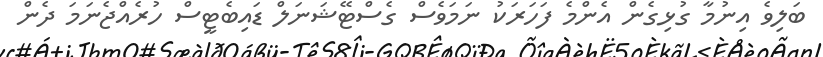
ބަލިވެ އިނުމާ ގުޅިގެން އެންމެ ފަހަރަކު ނަމަވެސް ގެސްޓޭޝަނަލް ޑައިބެޓީސް ހުރެއްޖެނަމަ ދެން